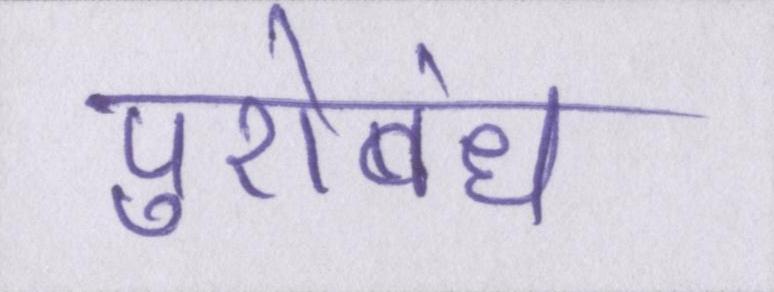
पुरोबंध